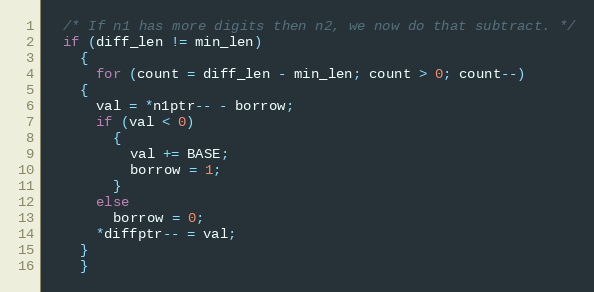
Language: C++
  /* If n1 has more digits then n2, we now do that subtract. */
  if (diff_len != min_len)
    {
      for (count = diff_len - min_len; count > 0; count--)
	{
	  val = *n1ptr-- - borrow;
	  if (val < 0)
	    {
	      val += BASE;
	      borrow = 1;
	    }
	  else
	    borrow = 0;
	  *diffptr-- = val;
	}
    }